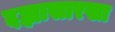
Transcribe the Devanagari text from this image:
दह्यासारखा